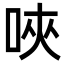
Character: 唊